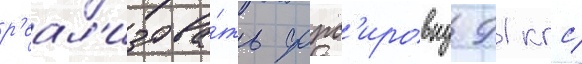
р'еал'изова́ть форс'ировку 91 кгс/